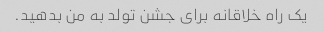
یک راه خلاقانه برای جشن تولد به من بدهید.